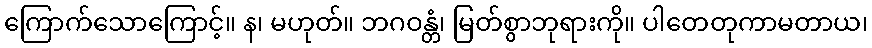
ကြောက်သောကြောင့်။ န၊ မဟုတ်။ ဘဂဝန္တံ၊ မြတ်စွာဘုရားကို။ ပါတေတုကာမတာယ၊